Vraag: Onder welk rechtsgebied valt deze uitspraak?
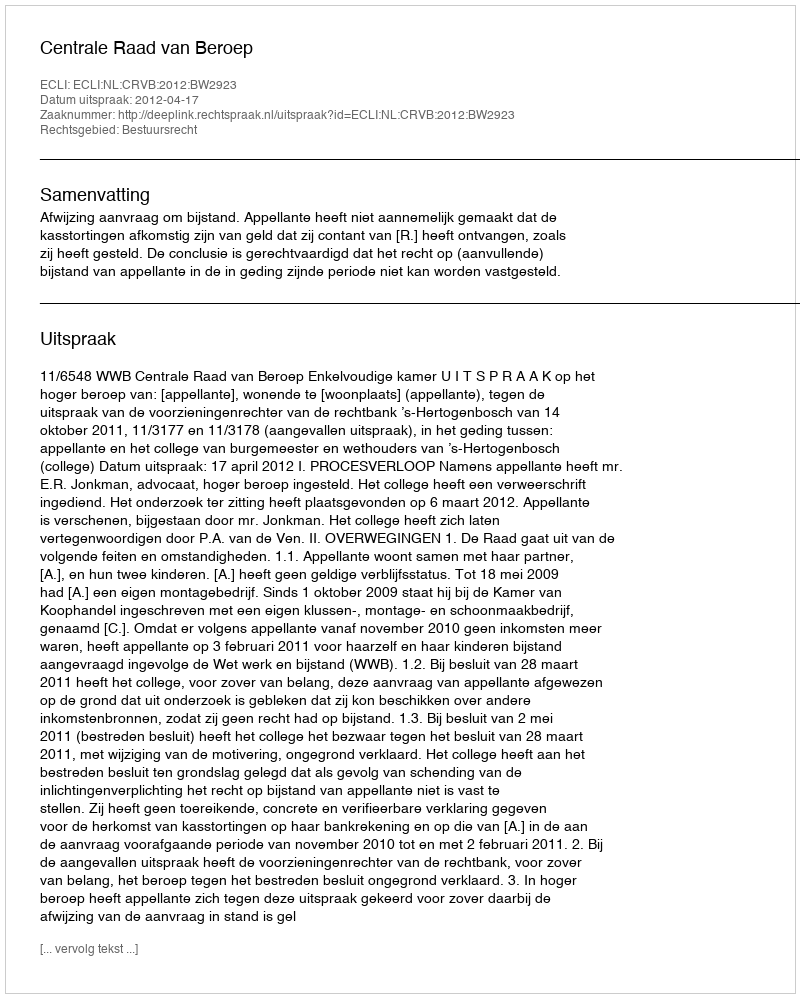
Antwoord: Bestuursrecht